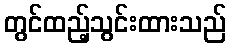
တွင်ထည့်သွင်းထားသည်